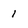
Character: 1